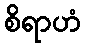
စိရာဟံ